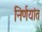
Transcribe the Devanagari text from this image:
निर्णयांत